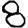
Digit: 8